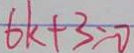
6 k + 3 = 0